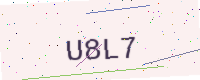
Text: U8L7